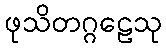
ဖုသိတဂ္ဂဠေသု